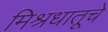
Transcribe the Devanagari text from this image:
मिश्रधातूचे